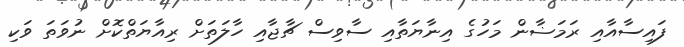
ފައިސާއާއި ރަމަޟާން މަހުގެ އިނާޔަތާއި ސާވިސް ޗާޖާއި ހާލަތަށް ރިއާޔަތްކޮށް ނުވަތަ ވަކި